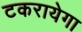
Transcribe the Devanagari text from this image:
टकरायेगा